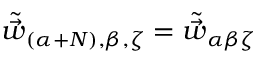
\tilde { \vec { w } } _ { ( \alpha + N ) , \beta , \zeta } = \tilde { \vec { w } } _ { \alpha \beta \zeta }